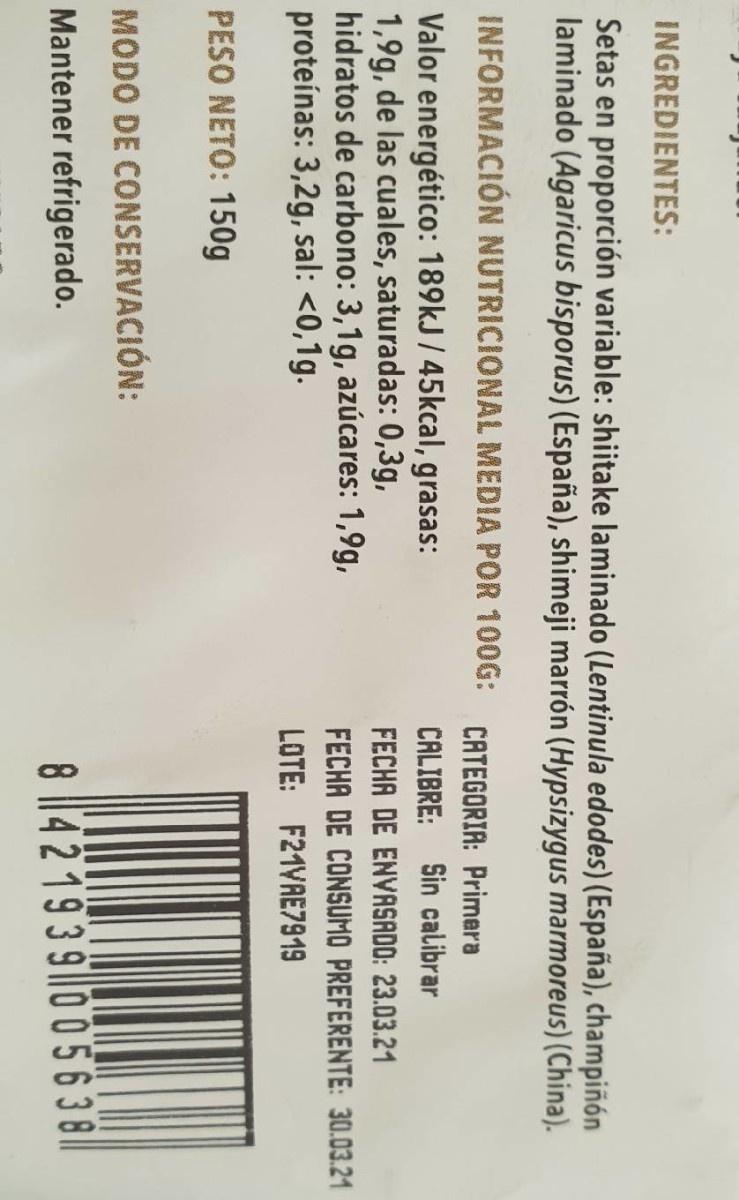
INGREDIENTES:
Setas en proporción variable: shiitake laminado (Lentinula edodes) (España), champiñón laminado (Agaricus bisporus) (España), shimeji marrón (Hypsizygus marmoreus) (China).
INFORMACIÓN NUTRICIONAL MEDIA POR 10OG: CATEGORIA: Primera
Valor energético: 189kJ / 45kcal, grasas: 1,9g, de las cuales, saturadas: 0,3g, hidratos de carbono: 3,1g, azúcares: 1,9g, proteínas: 3,2g, sal: <0,1g.
CALIBRE: Sin calibrar
FECHA DE ENVASADO: 23.03.21
FECHA DE CONSUMO PREFERENTE: 30.03.21
LOTE: F21VAE7919
PESO NETO: 150g
MODO DE CONSERVACIÓN:
Mantener refrigerado.
8 ||42193 9005 6 381